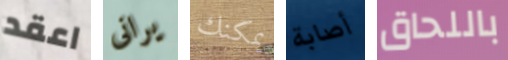
اعقد يرانى يمكنك أصابة باللحاق